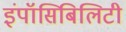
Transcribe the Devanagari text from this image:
इंपॉसिबिलिटी